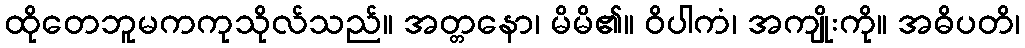
ထိုတေဘူမကကုသိုလ်သည်။ အတ္တနော၊ မိမိ၏။ ဝိပါကံ၊ အကျိုးကို။ အဓိပတိ၊